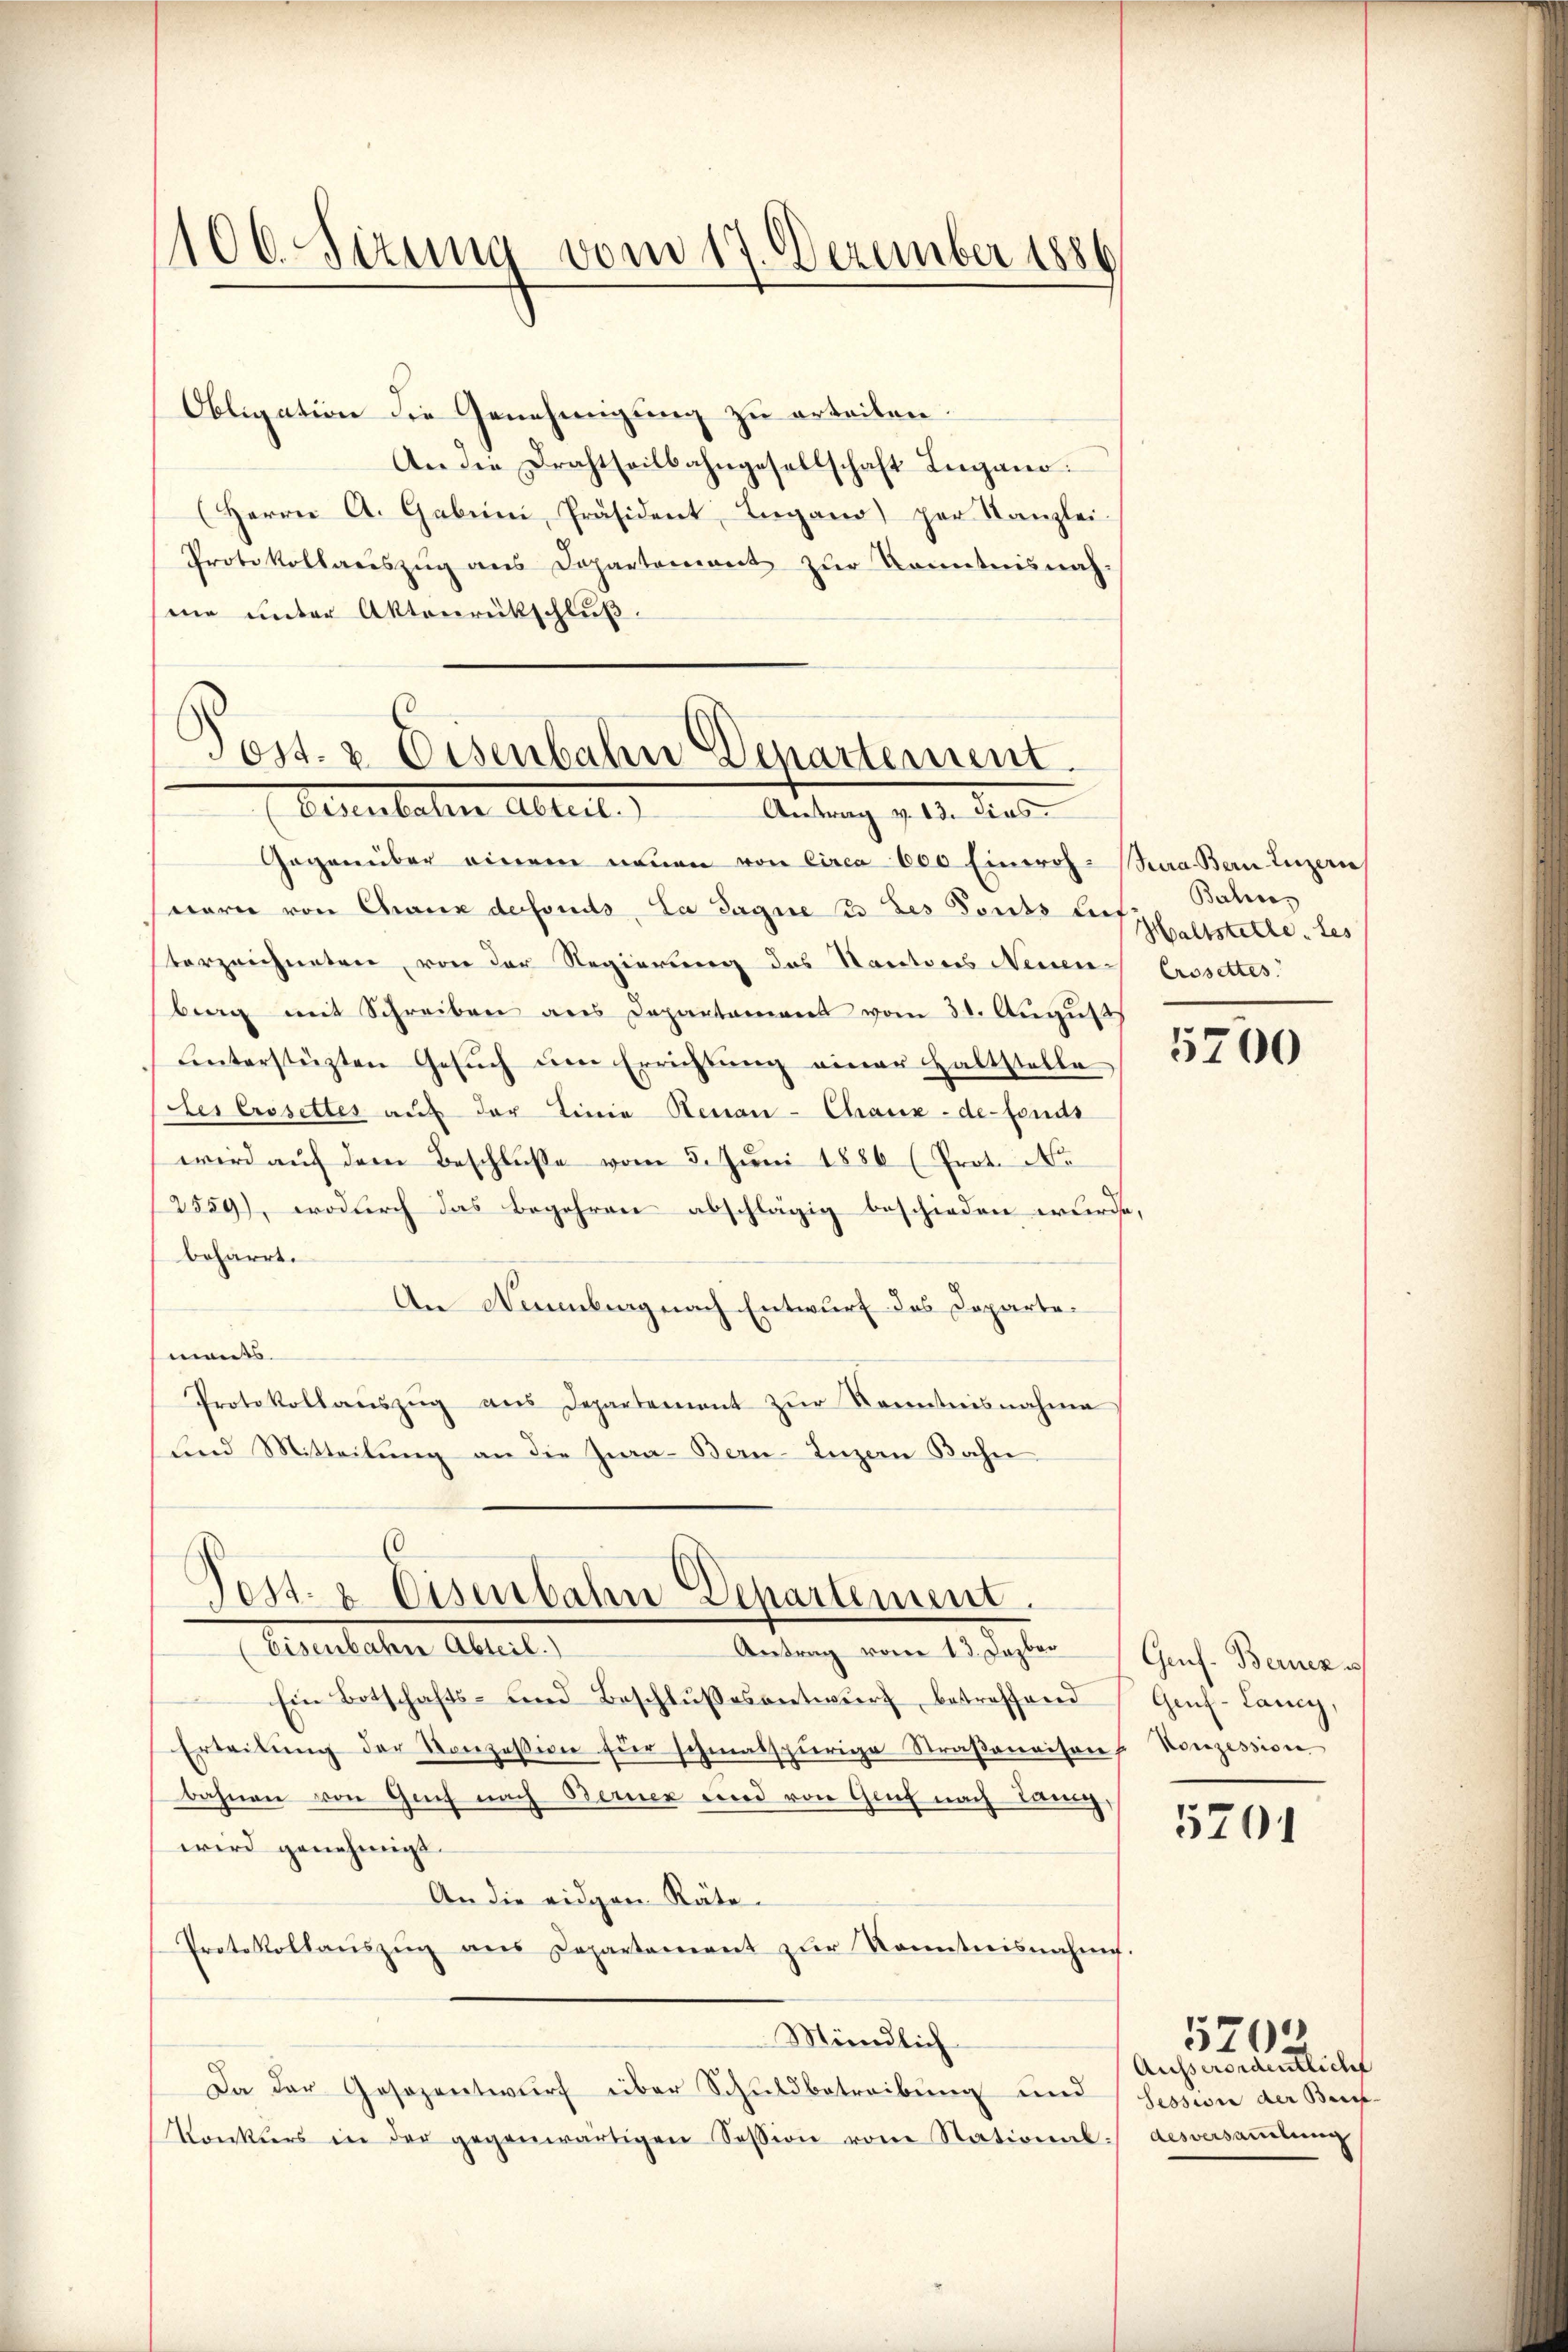
1100. Sizung vom 17. Dezember 1886

Obligation die Genehmigung zu erteilen.
An die Drahtheilbahngesellschaft Lugano.
(Herrn A. Gabeni, Präsident, Lugano per Kanzlei-
Protokollauszug aus Departemont zur Kenntnisnah
mne unter Aktenrückschluß.

Gegenüber einem neuen von Circa 600 Einwoh-Bura Bern Luzern
warn von Chaux defonds, La Sagne 33 des Fonds haltstette tes
terzeichneten, von der Regierung des Nantons Neuen Crosettes
berg mit Schreiben aus Departament vom 31. August
ŭnterstüzten Gesŭch ŭm Errichtŭng einer haltstelle
des Crosettes auf der Linie Renau-Chaux-de-Fonds
wird auf dem Beschlusse vom 5. Juni 1886 (Prot. No
2559), wodurch das begehren abschlägig beschieden wurde,
beharrt.
An Naumburg nach Entwurf das Departemants.
Protokollaŭszŭg aŭs Departement zŭr Kenntnisnahme
und Mitteilung an die Zwa- Bern-Luzern Bahn

Post- & Eisenbahn Departement.
Oesultaten Abteil
Antrag v. 13. dies

Post- & Eisenbahn Departement.

Balins

Eisenbachen Altert,
Antrag vom 13. Dazber
Ein Botschafts- und Beschlussesentwurf, betreffend
Erteilŭng der Konzessige Eier schmalspurige Straβenaisen u Konzession
bahnen von Genf nach Berner und von Genf nach lang,
wird genehmigt.
An die eidgen Räten
Protokollaŭszŭg ans Departement zŭr Kenntnisnahme.
Mündlich
Da der Gesezentwurf über Schuldbetreibung und
Tonkurs in der gegenwärtigen Session vom Stational.

5700

Gruf. Berner s
Geuf-Lany,

5201

Ausserendentliche
Session der Buch-
desversammlung

579